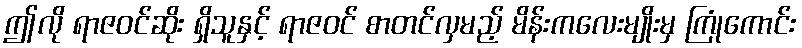
ဤလို ရာဇဝင်ဆိုး ရှိသူနှင့် ရာဇဝင် စာတင်လှမည့် မိန်းကလေးမျိုးမှ ကြုံကောင်း